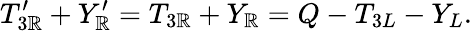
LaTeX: T_{3\mathbb{R}}^{\prime}+Y_{\mathbb{R}}^{\prime}=T_{3\mathbb{R}}+Y_{\mathbb{R}}=Q-T_{3L}-Y_{L}.